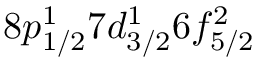
8 p _ { 1 / 2 } ^ { 1 } 7 d _ { 3 / 2 } ^ { 1 } 6 f _ { 5 / 2 } ^ { 2 }